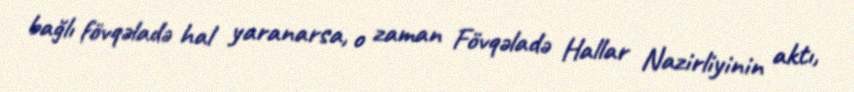
bağlı fövqəladə hal yaranarsa, o zaman Fövqəladə Hallar Nazirliyinin aktı,